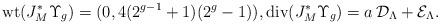
LaTeX: \begin{align*}{\rm wt}(J_{M}^{*}\Upsilon_{g})=(0,4(2^{g-1}+1)(2^{g}-1)),{\rm div}(J_{M}^{*}\Upsilon_{g})=a\,{\mathcal D}_{\Lambda}+{\mathcal E}_{\Lambda}.\end{align*}